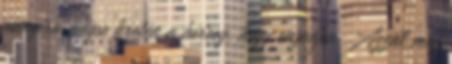
annyira mégse kretén a herceg, hogy engedjen. Azzal meg